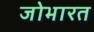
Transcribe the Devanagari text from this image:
जोभारत